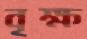
বৃক্ষ